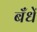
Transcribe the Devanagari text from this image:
बँधें